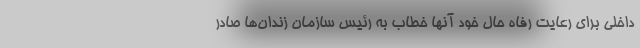
داخلی برای رعایت رفاه حال خود آنها خطاب به رئیس سازمان زندان‌ها صادر